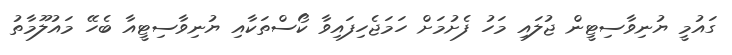
ގައުމީ ޔުނިވާސިޓީން ޖުލައި މަހު ފެށުމަށް ހަމަޖެހިފައިވާ ކޯސްތަކާއި ޔުނިވާސިޓީއާ ބެހޭ މައުލޫމާތު